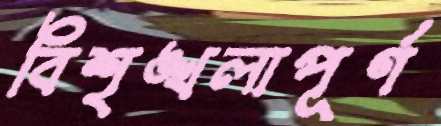
বিশৃঙ্খলাপূর্ণ